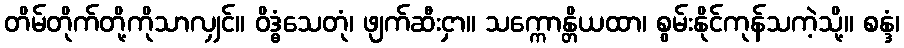
တိမ်တိုက်တို့ကိုသာလျှင်။ ဝိဒ္ဓံသေတုံ၊ ဖျက်ဆီးငှာ။ သက္ကောန္တိယထာ၊ စွမ်းနိုင်ကုန်သကဲ့သို့။ စန္ဒံ၊